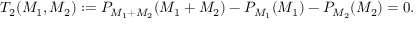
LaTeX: T _ { 2 } ( M _ { 1 } , M _ { 2 } ) : = P _ { M _ { 1 } + M _ { 2 } } ( M _ { 1 } + M _ { 2 } ) - P _ { M _ { 1 } } ( M _ { 1 } ) - P _ { M _ { 2 } } ( M _ { 2 } ) = 0 .